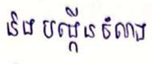
និងបង្កើនចំណង